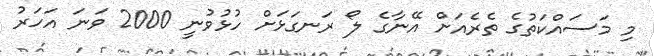
މި މަސައްކަތުގެ ތެރެއަށް އޭނާގެ ލޯ ރަނގަޅަށް ހުޅުވުނީ 2000 ވަނަ އަހަރު